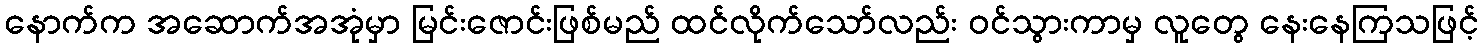
နောက်က အဆောက်အအုံမှာ မြင်းဇောင်းဖြစ်မည် ထင်လိုက်သော်လည်း ဝင်သွားကာမှ လူတွေ နေးနေကြသဖြင့်